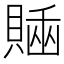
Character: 𧷊